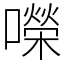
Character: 㘇